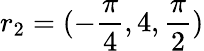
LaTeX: r_{2}=(-\frac{\pi}{4},4,\frac{\pi}{2})